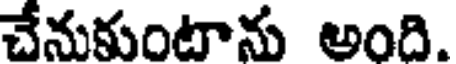
చేనుకుంటాను అంది.